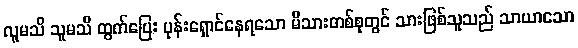
လူမသိ သူမသိ ထွက်ပြေး ပုန်းရှောင်နေရသော မိသားတစ်စုတွင် သားဖြစ်သူသည် သာယာသော